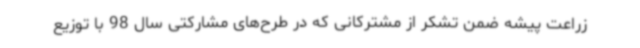
زراعت پیشه ضمن تشکر از مشترکانی که در طرح‌های مشارکتی سال 98 با توزیع